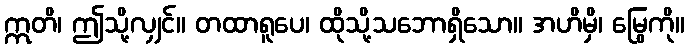
ဣတိ၊ ဤသို့လျှင်။ တထာရူပေ၊ ထိုသို့သဘောရှိသော။ အဟိမှိ၊ မြွေကို။